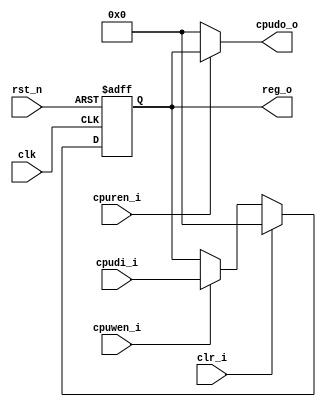
//////////////////////////////////////////////////////////////////////////////////
//
// Company         : Xnonymous
//
// Description     : Read/Write configuration register
//
// History (Date, Changed By)
//
//////////////////////////////////////////////////////////////////////////////////
module cfg_reg
    (
    clk,
    rst_n,
    //--------------------------------------
    //cpu access
    cpuren_i,  	//read enable
    cpuwen_i,  	//write enable
    cpudi_i,  	// Input data from CPU
    cpudo_o,	// Output data for CPU
    //--------------------------------------
    //Output of configuration register
    reg_o,
    //--------------------------------------
    //Clear
    clr_i
     );
//-----------------------------------------------------------------------------
//Parameter	 
parameter	DW = 8;
parameter 	RST_VAL = {DW{1'b0}};
//-----------------------------------------------------------------------------
//Port
input                   clk;
input                   rst_n;
input                   cpuren_i;  
input                   cpuwen_i; 
input   [DW-1:0]        cpudi_i; 
output  [DW-1:0]        cpudo_o;

output  [DW-1:0]        reg_o;
input			clr_i;
//-----------------------------------------------------------------------------
//Internal variable
reg    [DW-1:0]         reg_o;
wire    [DW-1:0]        nxt_reg;

//-----------------------------------------------------------------------------
//Logic implementation
assign cpudo_o = cpuren_i ? reg_o : {DW{1'b0}};
assign nxt_reg = clr_i ? RST_VAL : 
                 cpuwen_i ? cpudi_i : 
                 reg_o;

always @(posedge clk or negedge rst_n)
    begin
    if(!rst_n)   
        reg_o <= RST_VAL;
    else  
        reg_o <= nxt_reg; 
    end 
	
endmodule